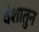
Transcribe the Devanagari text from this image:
वंशातुन